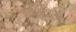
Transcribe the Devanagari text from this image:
हरिश्चंद्राना